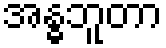
အန္ဓဘူတာ